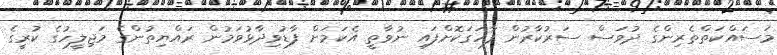
މަސައްކަތްތެރިންގެ ދުވަސް ސަރުކާރުން ފާހަގަކޮށްފައި ނުވާތީ އެކަމަށް ފާޑުވިދާޅުވަމުން ރައްޔިތުންގެ މަޖިލީހުގެ ކުރީގެ